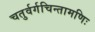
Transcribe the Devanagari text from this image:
चतुर्वर्गचिन्तामणिः